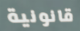
قانونية